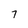
Character: 7